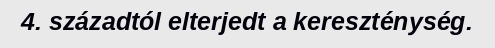
4. századtól elterjedt a kereszténység.